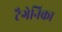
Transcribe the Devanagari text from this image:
टैगेनिका